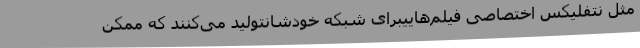
مثل نتفلیکس اختصاصی فیلم‌هاییبرای شبکه خودشانتولید می‌کنند که ممکن